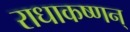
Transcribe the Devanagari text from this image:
राधाकष्णन्